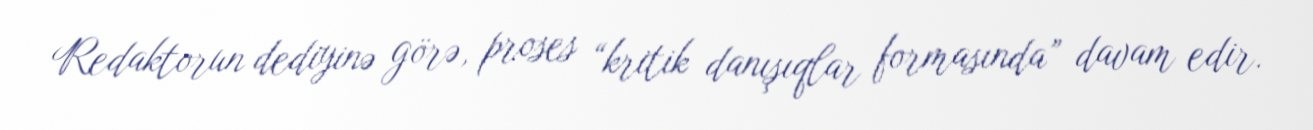
Redaktorun dediyinə görə, proses “kritik danışıqlar formasında” davam edir.